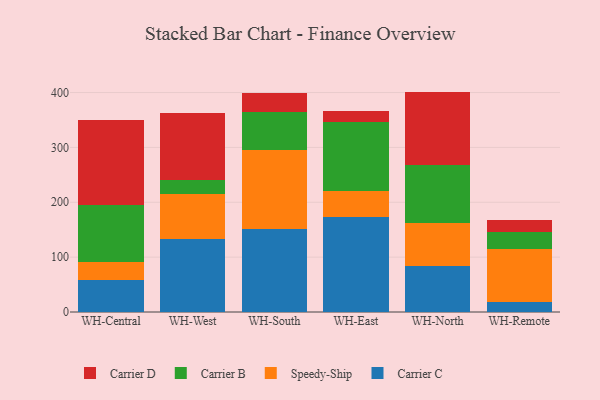
{"axis": {"x": "Warehouse", "y": "Bounce Rate (%)"}, "legend": ["Carrier B", "Carrier C", "Carrier D", "Speedy-Ship"], "data": [{"x": "WH-Central", "y": 57.8, "type": "Carrier C"}, {"x": "WH-Central", "y": 33.5, "type": "Speedy-Ship"}, {"x": "WH-Central", "y": 103.8, "type": "Carrier B"}, {"x": "WH-Central", "y": 155.1, "type": "Carrier D"}, {"x": "WH-West", "y": 132.8, "type": "Carrier C"}, {"x": "WH-West", "y": 82.8, "type": "Speedy-Ship"}, {"x": "WH-West", "y": 24.4, "type": "Carrier B"}, {"x": "WH-West", "y": 122.9, "type": "Carrier D"}, {"x": "WH-South", "y": 152.0, "type": "Carrier C"}, {"x": "WH-South", "y": 142.5, "type": "Speedy-Ship"}, {"x": "WH-South", "y": 70.9, "type": "Carrier B"}, {"x": "WH-South", "y": 32.9, "type": "Carrier D"}, {"x": "WH-East", "y": 173.0, "type": "Carrier C"}, {"x": "WH-East", "y": 48.1, "type": "Speedy-Ship"}, {"x": "WH-East", "y": 125.4, "type": "Carrier B"}, {"x": "WH-East", "y": 19.5, "type": "Carrier D"}, {"x": "WH-North", "y": 83.1, "type": "Carrier C"}, {"x": "WH-North", "y": 79.0, "type": "Speedy-Ship"}, {"x": "WH-North", "y": 105.1, "type": "Carrier B"}, {"x": "WH-North", "y": 134.5, "type": "Carrier D"}, {"x": "WH-Remote", "y": 17.5, "type": "Carrier C"}, {"x": "WH-Remote", "y": 96.6, "type": "Speedy-Ship"}, {"x": "WH-Remote", "y": 31.1, "type": "Carrier B"}, {"x": "WH-Remote", "y": 22.5, "type": "Carrier D"}]}